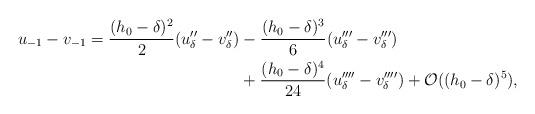
LaTeX: \begin{align*}\begin{aligned} u_{-1} - v_{-1} = \frac{(h_0-\delta)^2}{2}(u''_{\delta}-v''_{\delta}) &- \frac{(h_0-\delta)^3}{6}(u'''_{\delta}-v'''_{\delta}) \\ &+ \frac{(h_0-\delta)^4}{24}(u''''_{\delta}-v''''_{\delta}) + \mathcal O((h_0-\delta)^5),\end{aligned}\end{align*}